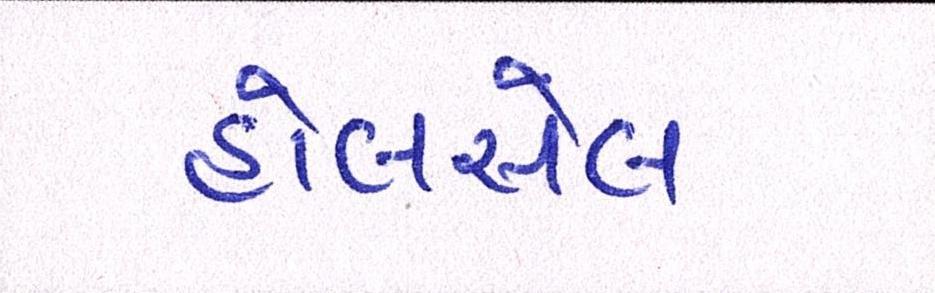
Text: હોલસેલ